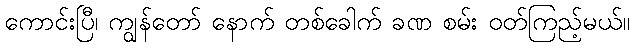
ကောင်းပြီ၊ ကျွန်တော် နောက် တစ်ခေါက် ခဏ စမ်း ဝတ်ကြည့်မယ်။